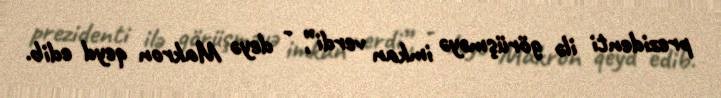
prezidenti ilə görüşməyə imkan verdi”, - deyə Makron qeyd edib.